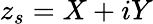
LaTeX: z_{s}=X+iY